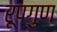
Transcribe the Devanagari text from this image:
रूपगुण